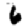
Digit: 6